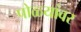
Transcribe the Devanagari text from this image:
पोळ्यांवर